Lunatic asylums United Provinces 1899-1908 - 1899-1908
Year: 1899
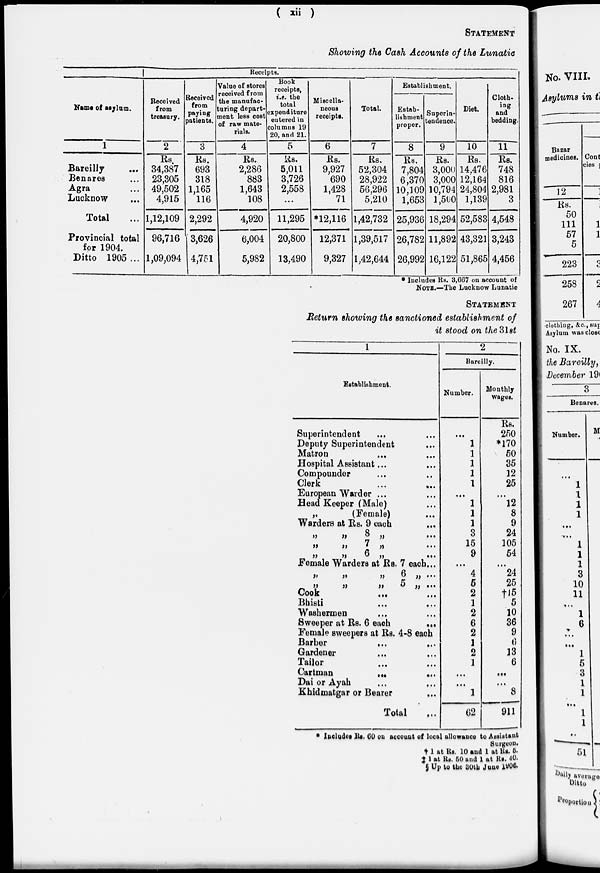
( xii )
STATEMENT
Showing the Cash Accounts of the Lunatic
Name of asylum.
1
Bareilly ...
Benares ...
Agra ...
Lucknow ...
Total ...
Provincial total
for 1904.
Ditto 1905 ...
Receipts.
Received
from
treasury.
2
Rs.
34,387
23,305
49,502
4,915
1,12,109
96,716
1,09,094
Received
from
paying
patients.
3
Rs.
693
318
1,165
116
2,292
3,626
4,751
Value of stores
received from
the manufac-
turing depart-
ment less cost
of raw mate-
rials.
4
Rs.
2,286
883
1,643
108
4,920
6,004
5,982
Book
receipts,
i.e. the
total
expenditure
entered in
columus 19
20, and 21.
5
Rs.
5,011
3,726
2,558
...
11,295
20,800
13,490
Miscella-
neous
receipts.
6
Rs.
9,927
690
1,428
71
*12,116
12,371
9,327
Total.
7
Rs.
52,304
28,922
56,296
5,210
1,42,732
1,39,517
1,42,644
Establishment.
Estab-
lishment
proper.
8
Rs.
7,804
6,370
10,109
1,653
25,936
26,782
26,992
Superin-
tendence.
9
Rs.
3,000
3,000
10,794
1,500
18,294
11,892
16,122
Diet.
10
Rs.
14,476
12,164
24,804
1,139
52,583
43,321
51,865
Cloth-
ing
and
bedding.
11
Rs.
748
816
2,981
3
4,548
3,243
4,456
* Includes Rs. 3,667 on account of
NOTE.—The Lucknow Lunatic
STATEMENT
Return showing the sanctioned establishment of
it stood on the 31st
1
Establishment.
Superintendent ... ...
Deputy Superintendent ...
Matron ... ...
Hospital Assistant ... ...
Compounder ... ...
Clerk ... ...
European Warder ... ...
Head Keeper (Male) ...
„
(Female) ...
Warders at Rs. 9 each ...
„ „ 8 ...
„ „ 7
„
...
„ „ 6 „ ...
Female Warders at Rs. 7 each ...
„ „ 6 „
„ „ „ 5 ...
Cook ... ...
Bhisti ... ...
Washermen ... ...
Sweeper at Rs. 6 each
...
Female sweepers at Rs. 4-8 each ...
Barber ... ...
Gardener ... ...
Tailor ... ...
Cartman
...
...
Dai or Ayah ... ...
Khidmatgar or Bearer ...
Total ...
2
Bareilly.
Number.
...
1
1
1
1
1
...
1
1
1
3
15
9
...
4
5
2
1
2
6
2
1
2
1
...
...
1
62
Monthly
wages.
Rs.
250
*170
50
35
12
25
...
12
8
9
24
105
54
...
24
25
†15
5
10
36
9
6
13
6
...
...
8
911
* Includes Rs. 60 on account of local allowance to Assistant
Surgeon.
†
1 at Rs. 10 and 1 at Rs. 5.
‡
1 at Rs. 50 and 1 at Rs. 40.
§
Up to the 30th June 1906.